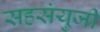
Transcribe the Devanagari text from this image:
सहसंयुजी